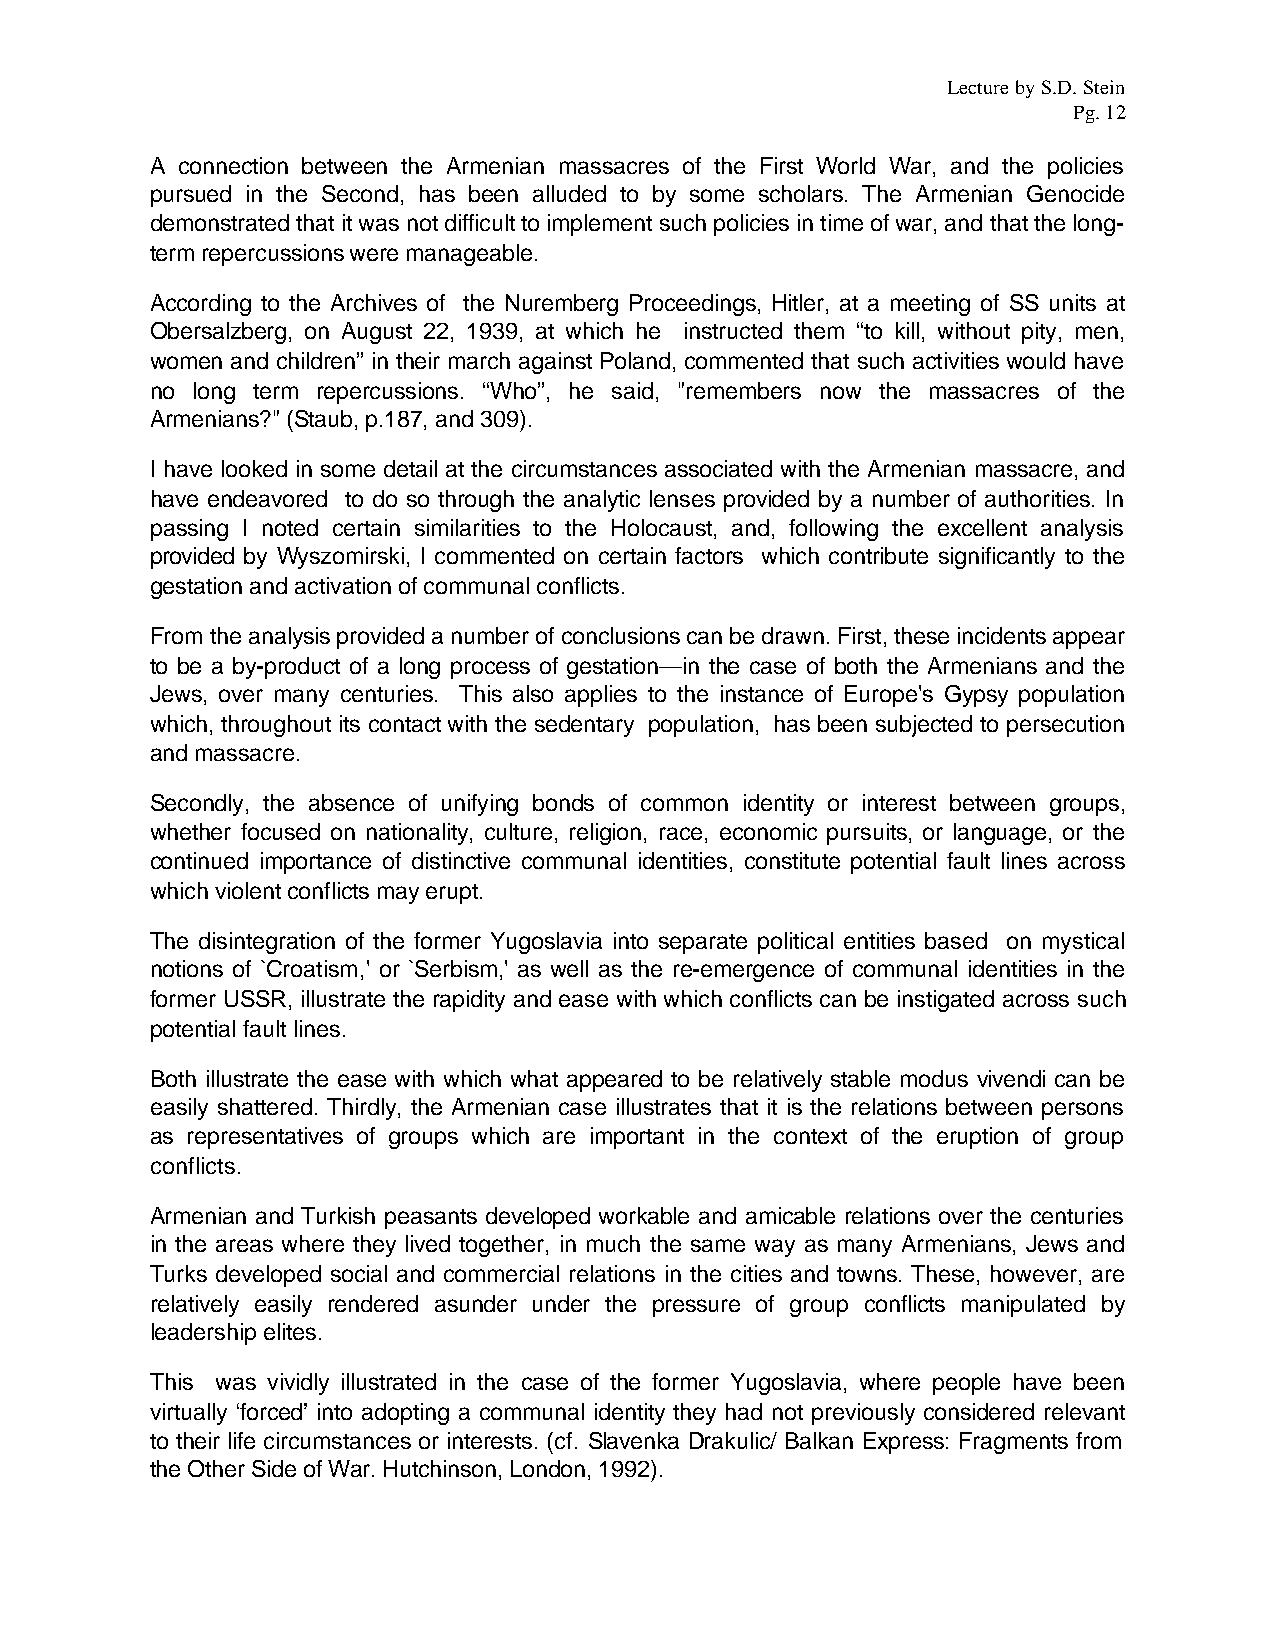
Lecture by S.D. Stein
 Pg. 12
 A connection between the Armenian massacres of the First World War, and the policies
 pursued in the Second, has been alluded to by some scholars. The Armenian Genocide
 demonstrated that it was not difficult to implement such policies in time of war, and that the long-
 term repercussions were manageable.
 According to the Archives of the Nuremberg Proceedings, Hitler, at a meeting of SS units at
 Obersalzberg, on August 22, 1939, at which he instructed them “to kill, without pity, men,
 women and children” in their march against Poland, commented that such activities would have
 no long term repercussions. “Who”, he said, "remembers now the massacres of the
 Armenians?" (Staub, p.187, and 309).
 I have looked in some detail at the circumstances associated with the Armenian massacre, and
 have endeavored to do so through the analytic lenses provided by a number of authorities. In
 passing I noted certain similarities to the Holocaust, and, following the excellent analysis
 provided by Wyszomirski, I commented on certain factors which contribute significantly to the
 gestation and activation of communal conflicts.
 From the analysis provided a number of conclusions can be drawn. First, these incidents appear
 to be a by-product of a long process of gestation—in the case of both the Armenians and the
 Jews, over many centuries. This also applies to the instance of Europe's Gypsy population
 which, throughout its contact with the sedentary population, has been subjected to persecution
 and massacre.
 Secondly, the absence of unifying bonds of common identity or interest between groups,
 whether focused on nationality, culture, religion, race, economic pursuits, or language, or the
 continued importance of distinctive communal identities, constitute potential fault lines across
 which violent conflicts may erupt.
 The disintegration of the former Yugoslavia into separate political entities based on mystical
 notions of `Croatism,' or `Serbism,' as well as the re-emergence of communal identities in the
 former USSR, illustrate the rapidity and ease with which conflicts can be instigated across such
 potential fault lines.
 Both illustrate the ease with which what appeared to be relatively stable modus vivendi can be
 easily shattered. Thirdly, the Armenian case illustrates that it is the relations between persons
 as representatives of groups which are important in the context of the eruption of group
 conflicts.
 Armenian and Turkish peasants developed workable and amicable relations over the centuries
 in the areas where they lived together, in much the same way as many Armenians, Jews and
 Turks developed social and commercial relations in the cities and towns. These, however, are
 relatively easily rendered asunder under the pressure of group conflicts manipulated by
 leadership elites.
 This was vividly illustrated in the case of the former Yugoslavia, where people have been
 virtually ‘forced’ into adopting a communal identity they had not previously considered relevant
 to their life circumstances or interests. (cf. Slavenka Drakulic/ Balkan Express: Fragments from
 the Other Side of War. Hutchinson, London, 1992).